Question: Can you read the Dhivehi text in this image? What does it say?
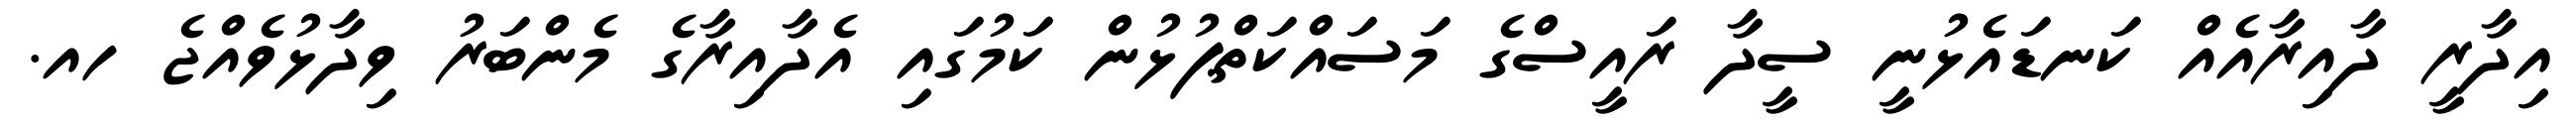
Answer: އިދާރީ ދާއިރާއެއް ކަނޑައެޅުނީ ސީދާ ރައީސްގެ މަސައްކަތްޕުޅުން ކަމުގައި އެދާއިރާގެ މެންބަރު ވިދާޅުވެއްޖެ ހއ.